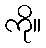
ကို။